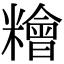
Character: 糩